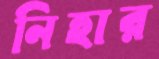
নিহার